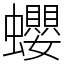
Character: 蠳